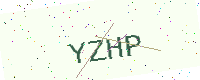
Text: YZHP